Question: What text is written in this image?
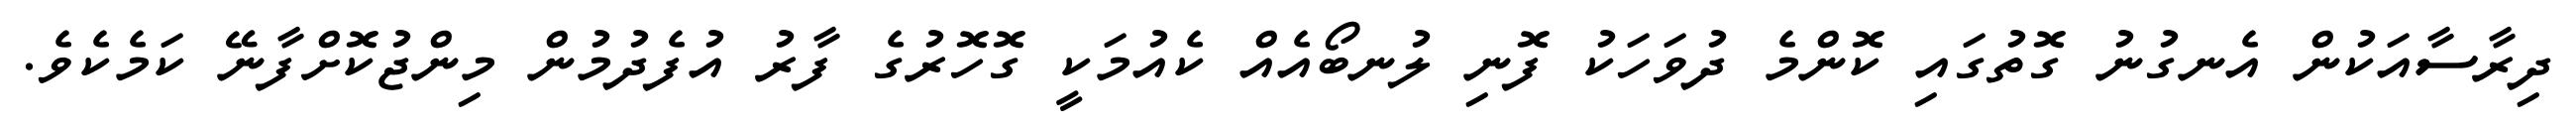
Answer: ދިރާސާއަކުން އެނގުނު ގޮތުގައި ކޮންމެ ދުވަހަކު ފޮނި ލުނބޯއެއް ކެއުމަކީ ގޮހޮރުގެ ފާރު އުފެދުމުން މިންޖުކޮށްފާނޭ ކަމެކެވެ.